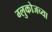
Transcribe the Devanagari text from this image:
ग्लुकोजच्या